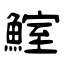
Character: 鰘